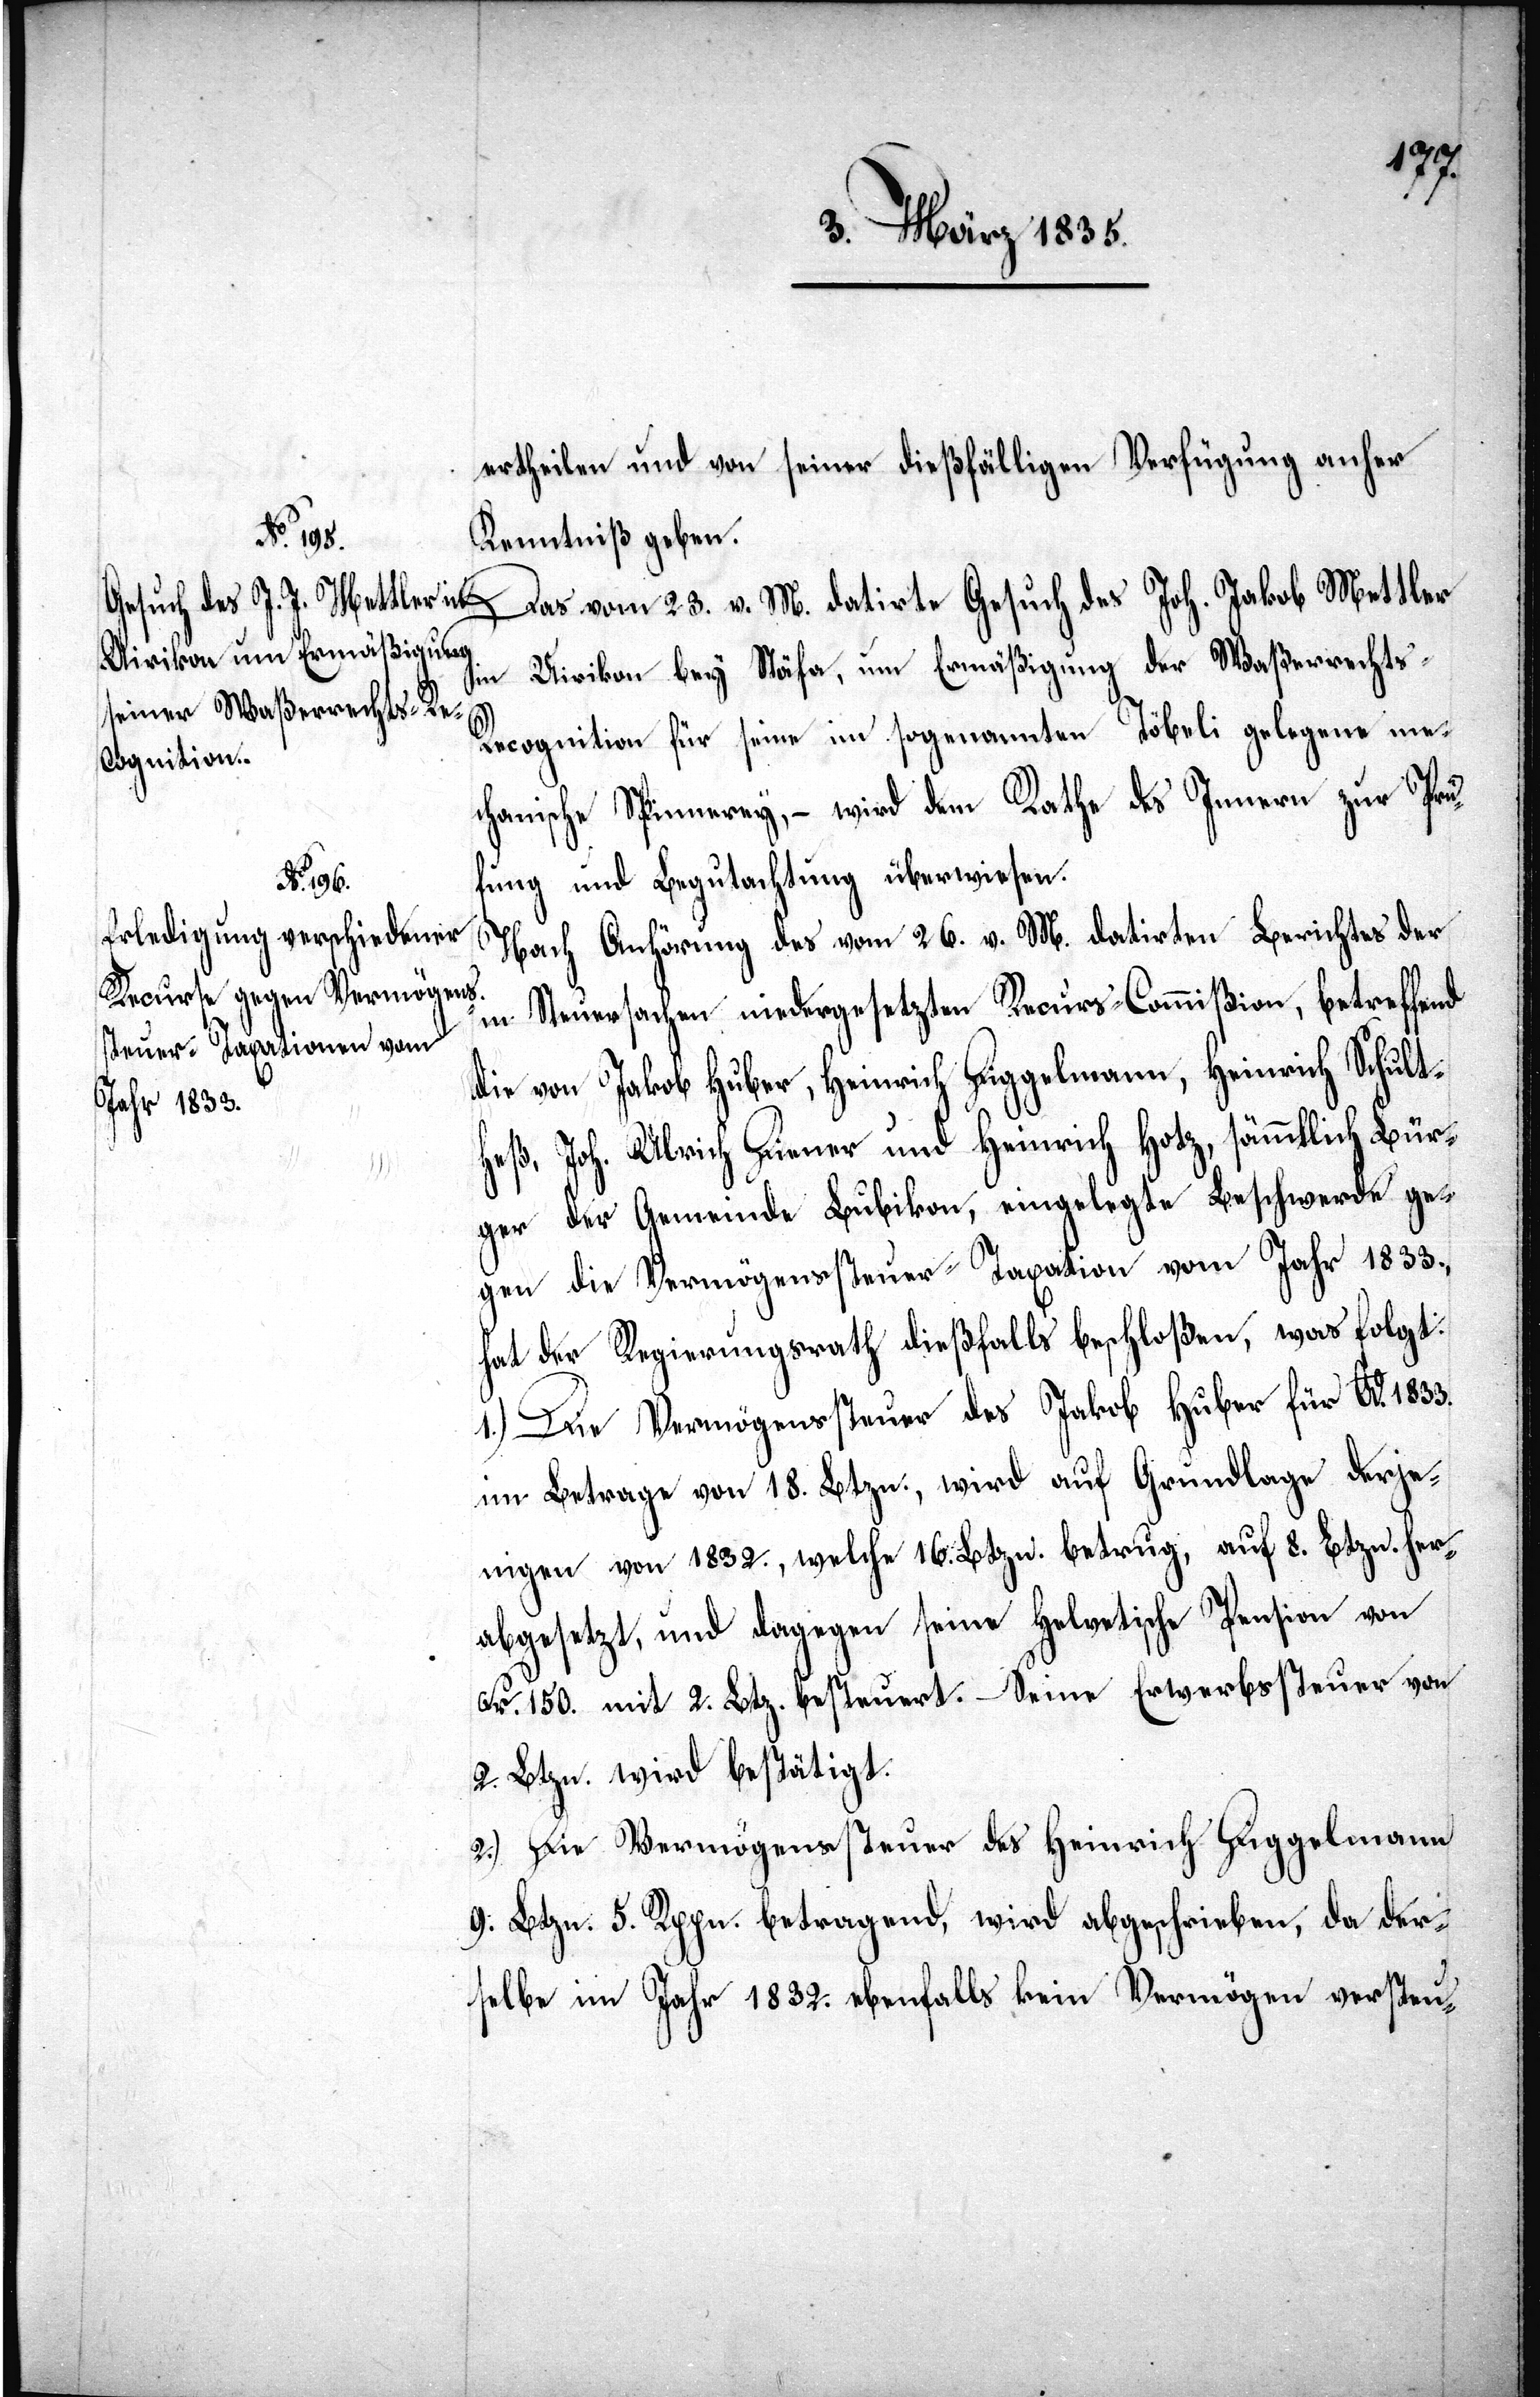
ertheilen und von seiner dießfälligen Verfügung anher
Kenntniß geben.
Das vom 23. v. M. datirte Gesuch des Joh. Jakob Mettler
in Uirikon bey Stäfa, um Ermäßigung der Waßerrechts-R¬
ecognition für seine im sogenannten Töbeli gelegene me¬
chanische Spinnerey, – wird dem Rathe des Innern zur Prü¬
fung und Begutachtung überwiesen.
Nach Anhörung des vom 26. v. M. datirten Berichtes der
in Steuersachen niedergesetzten Recurs-Commißion, betreffend
die von Jakob Huber, Heinrich Diggelmann, Heinrich Schult¬
heß, Joh. Ulrich Diener und Heinrich Hotz, sämmtlich Bür¬
ger der Gemeinde Bubikon, eingelegte Beschwerde ge¬
gen die Vermögenssteuer-Taxation vom Jahr 1833.,
hat der Regierungsrath dießfalls beschloßen, was folgt:
1.) Die Vermögenssteuer des Jakob Huber für Ao. 1833.
im Betrage von 18 Btzn., wird auf Grundlage derje¬
nigen von 1832., welche 16. Btzn. betrug, auf 8. Btzn. her¬
abgesetzt, und dagegen seine helvetische Pension von
Fr. 150. mit 2. Btz. besteuert. Seine Erwerbssteuer von
2. Btzn. wird bestätigt.
2.) Die Vermögenssteuer des Heinrich Diggelmann
9. Btzn. betragend, wird abgeschrieben, da der¬
selbe im Jahr 1832. ebenfalls kein Vermögen versteu-